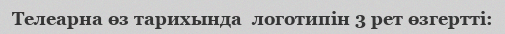
Телеарна өз тарихында  логотипін 3 рет өзгертті: